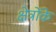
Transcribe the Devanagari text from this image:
क्षेत्रोंके